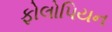
ફોલોપિયન